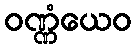
ဝဏ္ဏံယေဝ